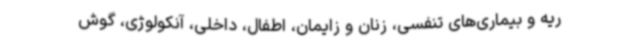
ریه و بیماری‌های تنفسی، زنان و زایمان، اطفال، داخلی، آنکولوژی، گوش